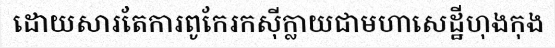
ដោយសារតែការពូកែរកស៊ីក្លាយជាមហាសេដ្ឋីហុងកុង